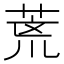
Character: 𮏞